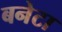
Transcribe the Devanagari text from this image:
बनेटा